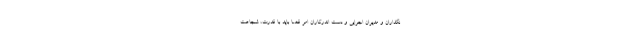
نگذاران و مدیران اجرایی و دست اندرکاران امر قضا باید با قدرت، شجاعت